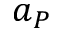
a _ { P }